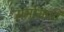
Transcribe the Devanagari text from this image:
ममोग्रफी